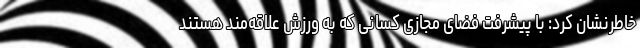
خاطرنشان کرد: با پیشرفت فضای مجازی کسانی که به ورزش علاقه‌مند هستند